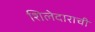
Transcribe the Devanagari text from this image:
शिलेदाराची